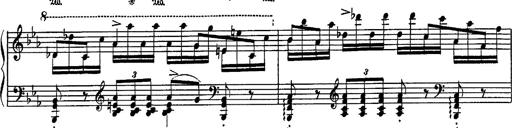
Title: Fantaisie sur des motifs favoris de l'opÃ©ra 'La sonnambula'
Composer: Franz Liszt